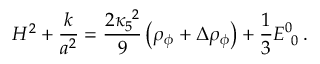
H ^ { 2 } + { \frac { k } { a ^ { 2 } } } = { \frac { 2 \kappa _ { 5 } ^ { ~ 2 } } { 9 } } \left( \rho _ { \phi } + \Delta \rho _ { \phi } \right) + { \frac { 1 } { 3 } } E _ { ~ 0 } ^ { 0 } \, .